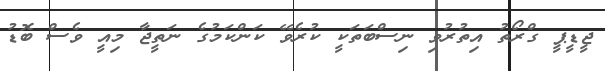
ޖީޑީޕީ ގްރޯތު އިތުރުވި ނިސްބަތަކީ ކުރެވޭ ކަންކަމުގެ ނަތީޖާ މިއީ ވެސް ބޮޑު